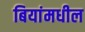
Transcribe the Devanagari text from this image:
बियांमधील